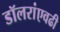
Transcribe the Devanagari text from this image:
डॉलरांएवढी